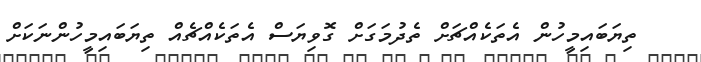
ތިޔަބައިމީހުން އެތަކެއްޗަށް ތެދުމަގަށް ގޮވިޔަސް އެތަކެއްޗެއް ތިޔަބައިމީހުންނަކަށް